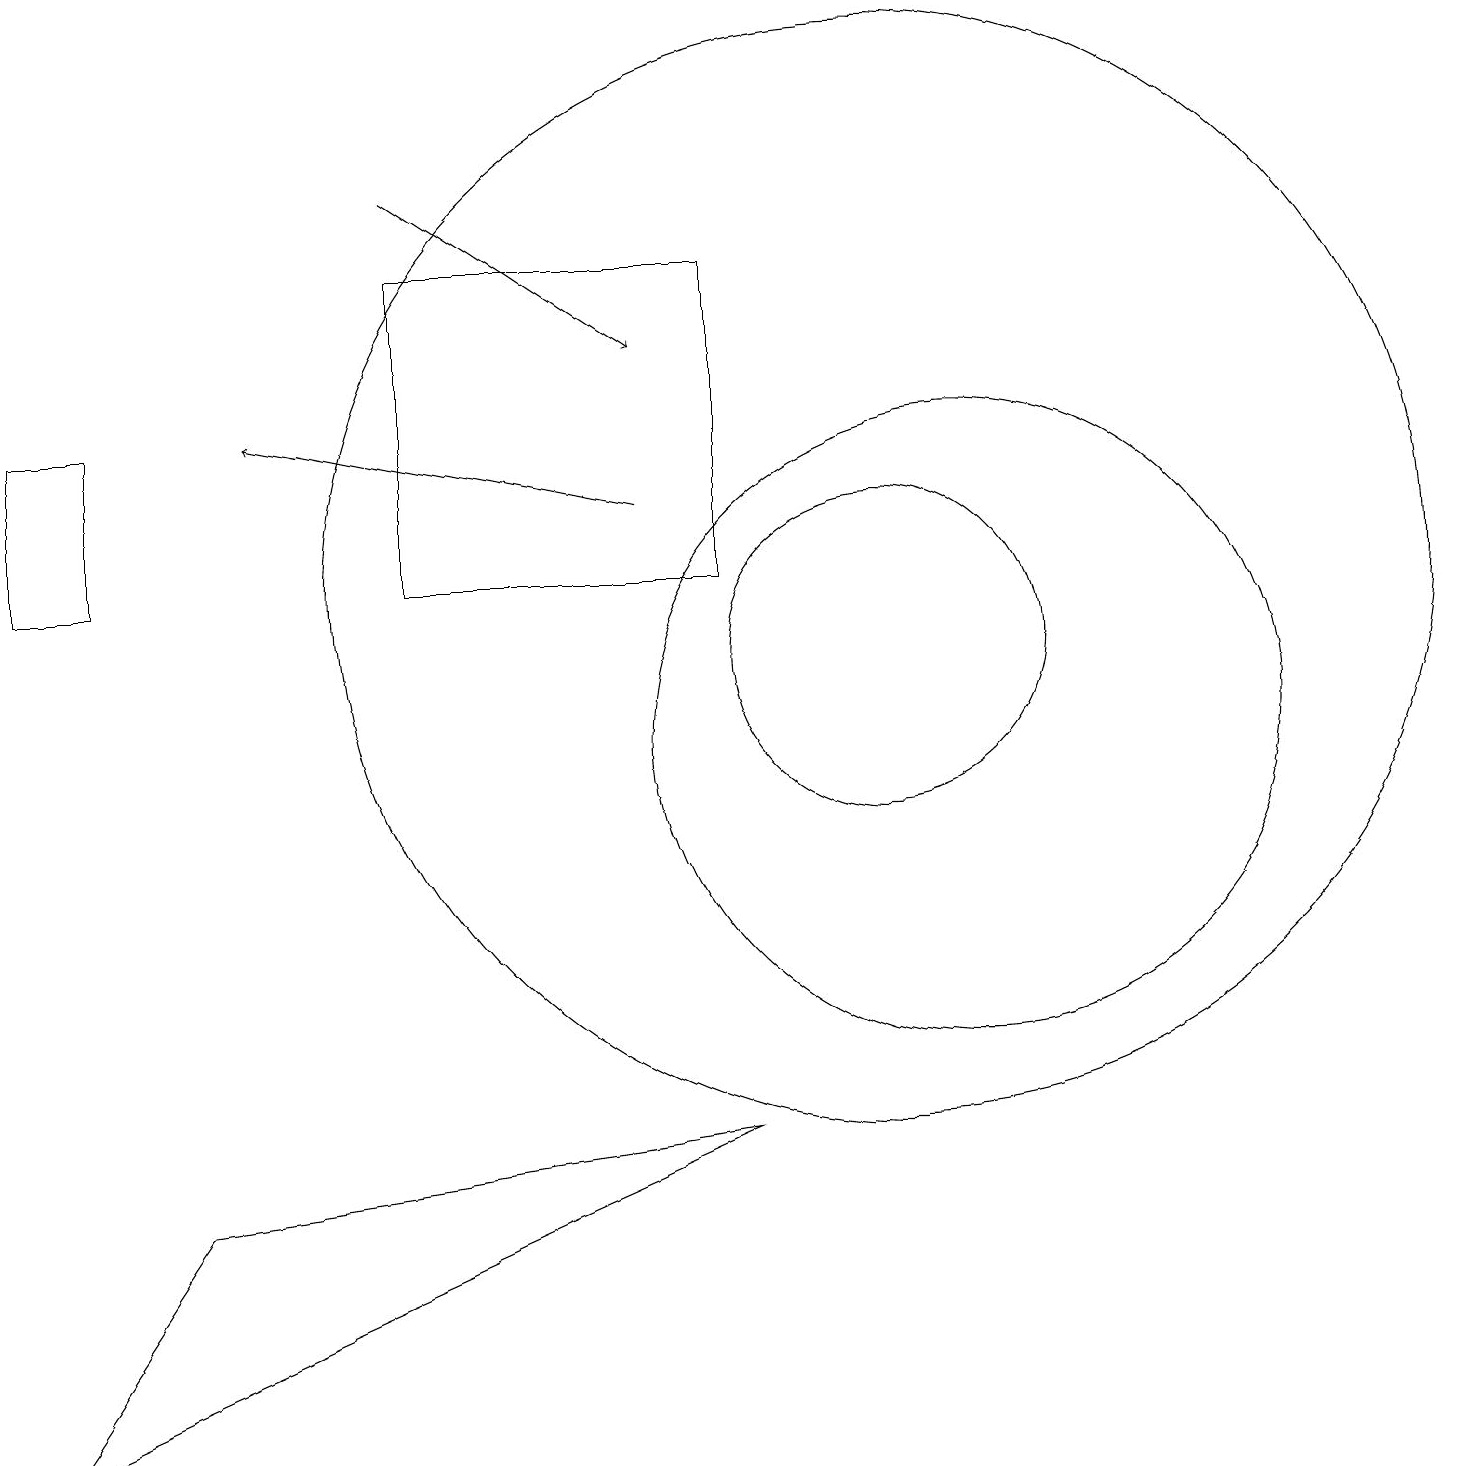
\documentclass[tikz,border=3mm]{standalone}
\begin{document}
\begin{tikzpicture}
\draw (11,12) circle (7);
\draw (11,11) circle (2);
\draw (12,10) circle (4);
\draw (2,4) -- (0,1) -- (9,5) -- cycle;
\draw (9,16) rectangle (5,12);
\draw[->] (5,17) -- (8,15);
\draw (0,12) rectangle (1,14);
\draw[->] (8,13) -- (3,14);
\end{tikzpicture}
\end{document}